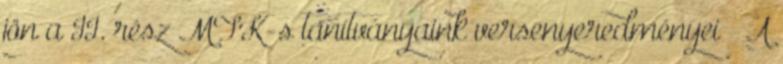
jön a II. rész MTK-s tanítványaink versenyeredményei » A